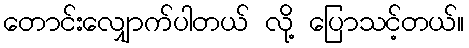
တောင်းလျှောက်ပါတယ် လို့ ပြောသင့်တယ်။